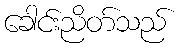
ခေါင်းညိတ်သည်